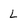
Character: L